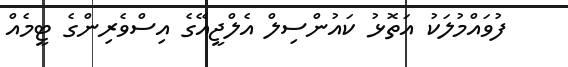
ފުވައްމުލަކު އަތޮޅު ކައުންސިލް އެލްޖީއޭގެ އިސްވެރިންގެ ޓީމެއް